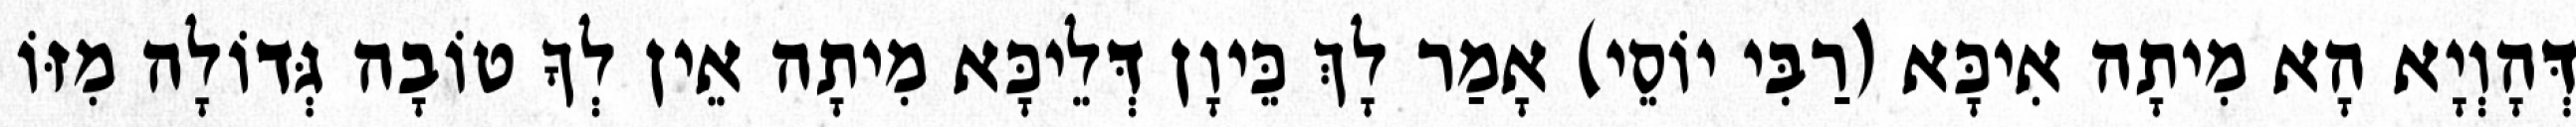
דְּהָוְיָא הָא מִיתָה אִיכָּא (רַבִּי יוֹסֵי) אָמַר לָךְ כֵּיוָן דְּלֵיכָּא מִיתָה אֵין לְךָ טוֹבָה גְּדוֹלָה מִזּוֹ